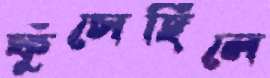
ফুঁসেছিলে